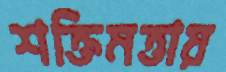
শক্তিমত্তায়